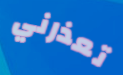
تعذرني